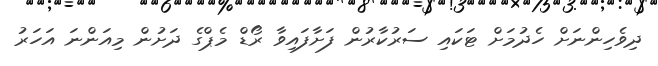
ދިވެހިންނަށް ހެދުމަށް ޓަކައި ސަރުކާރުން ފަށާފައިވާ ރޯޑް މެޕްގެ ދަށުން މިއަންނަ އަހަރު